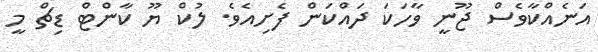
އަނެއްކާވެސް ޖޫނީ ވާހަކަ ދައްކަން ފެށިއެވެ. ލުކް ޔޫ ކާންޓް ޑިޗް މީ